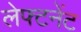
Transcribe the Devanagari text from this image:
लेफ्टनेंट